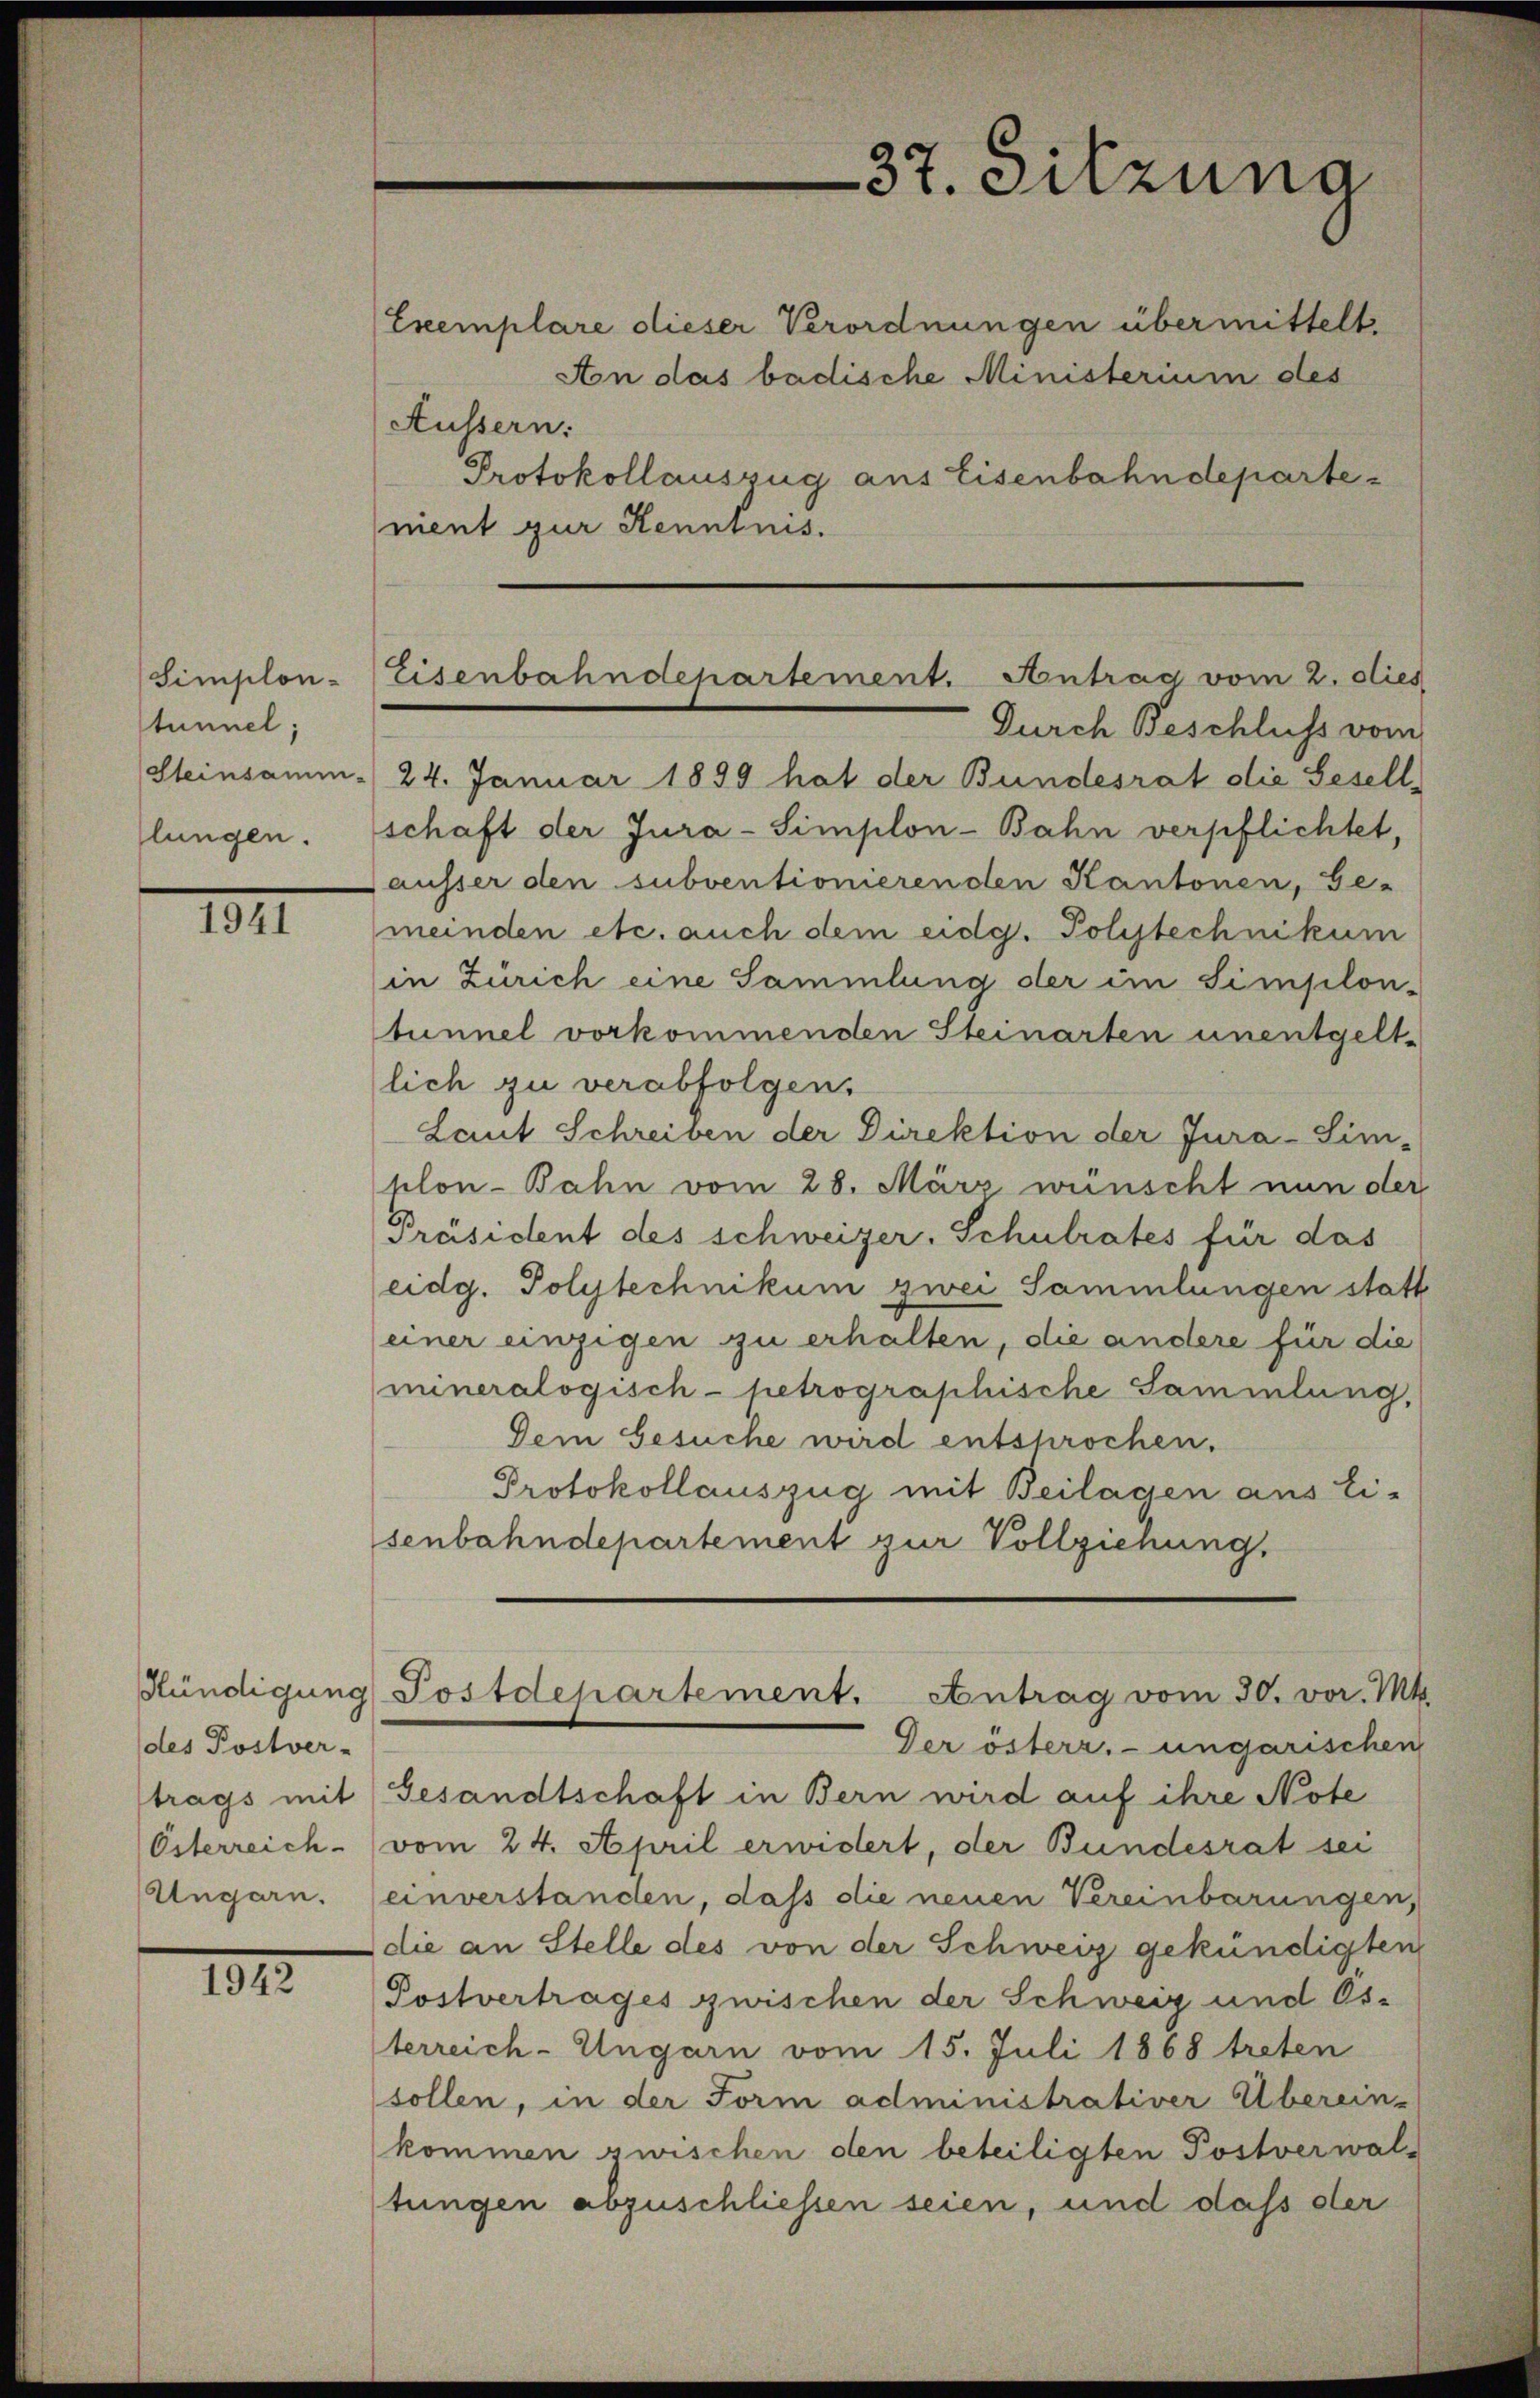
Simplon-
stunnel;
Steinsamm-
lungen.

IIII

Kündigung
des Postver-
trags mit

1812.

Äussern:
Protokollauszug aus Eisenbahndepartement zur Kenntnis.

Durch Beschluss vom
24. Januar 1899 hat der Bundesrat die Gesell-
schaft der Jura-Simplon-Bahn verpflichtet,
Gausser den subventionierenden Kantonen, Ge-
meinden etc. auch dem eidg. Polytechnikum
in Zürich eine Sammlung der im Simplon-
tunnel vorkommenden Steinarten unentgeltlich zu verabfolgen.
Laut Schreiben der Direktion der Jura-Sim-
plon-Bahn vom 28. März wünscht nun der
Präsident des schweizer. Schulrates für das
eidg. Polytechnikum zwei Sammlungen statt
einer einzigen zu erhalten, die andere für die
mineralogisch-petrographische Sammlung,
Dem Gesuche wird entsprochen.
Protokollauszug mit Beilagen aus Ei-
senbahndepartement zur Vollziehung.

37. Sitzung
Exemplare dieser Verordnungen übermittelt.
An das badische Ministerium des

Eisenbahndepartement. Antrag vom 2. dies

Der österr. ungarischen
Gesandtschaft in Bern wird auf ihre Note
Österreich vom 24. April erwidert, der Bundesrat sei
Ungarn. (einverstanden, daß die neuen Vereinbarungen,
die an Stelle des von der Schweiz gekündigten
Postvertrages zwischen der Schweiz und Os-
terreich-Ungarn vom 15. Juli 1868 treten
sollen, in der Form administrativer Überein-
kommen zwischen den beteiligten Postverwaltungen abzuschliessen seien, und daß der

Postdepartement. Antrag vom 30. vor. Mts.